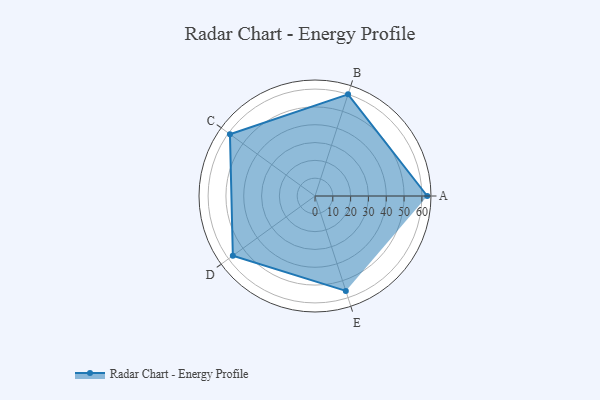
{"axis": {"x": "Skill", "y": "Score"}, "legend": ["Profile"], "data": [{"x": "A", "y": 63.0, "type": "Profile"}, {"x": "B", "y": 60.0, "type": "Profile"}, {"x": "C", "y": 59.0, "type": "Profile"}, {"x": "D", "y": 57.0, "type": "Profile"}, {"x": "E", "y": 56.0, "type": "Profile"}]}